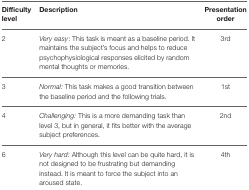
<table><thead><tr><td><b>Difficulty level</b></td><td><b>Description</b></td><td><b>Presentation order</b></td></tr></thead><tbody><tr><td>2</td><td><i>Very easy</i>: This task is meant as a baseline period. It maintains the subject&#x27;s focus and helps to reduce psychophysiological responses elicited by random mental thoughts or memories.</td><td>3rd</td></tr><tr><td>3</td><td><i>Normal:</i> This task makes a good transition between the baseline period and the following trials.</td><td>1st</td></tr><tr><td>4</td><td><i>Challenging:</i> This is a more demanding task than level 3, but in general, it fits better with the average subject preferences.</td><td>2nd</td></tr><tr><td>6</td><td><i>Very hard:</i> Although this level can be quite hard, it is not designed to be frustrating but demanding instead. It is meant to force the subject into an aroused state.</td><td>4th</td></tr></tbody></table>